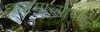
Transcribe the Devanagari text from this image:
घाटमाथ्यावरुन